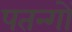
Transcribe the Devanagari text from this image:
पतन्‍गों